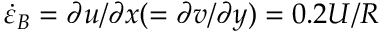
\dot { \varepsilon } _ { B } = \partial u / \partial x ( = \partial v / \partial y ) = 0 . 2 U / R